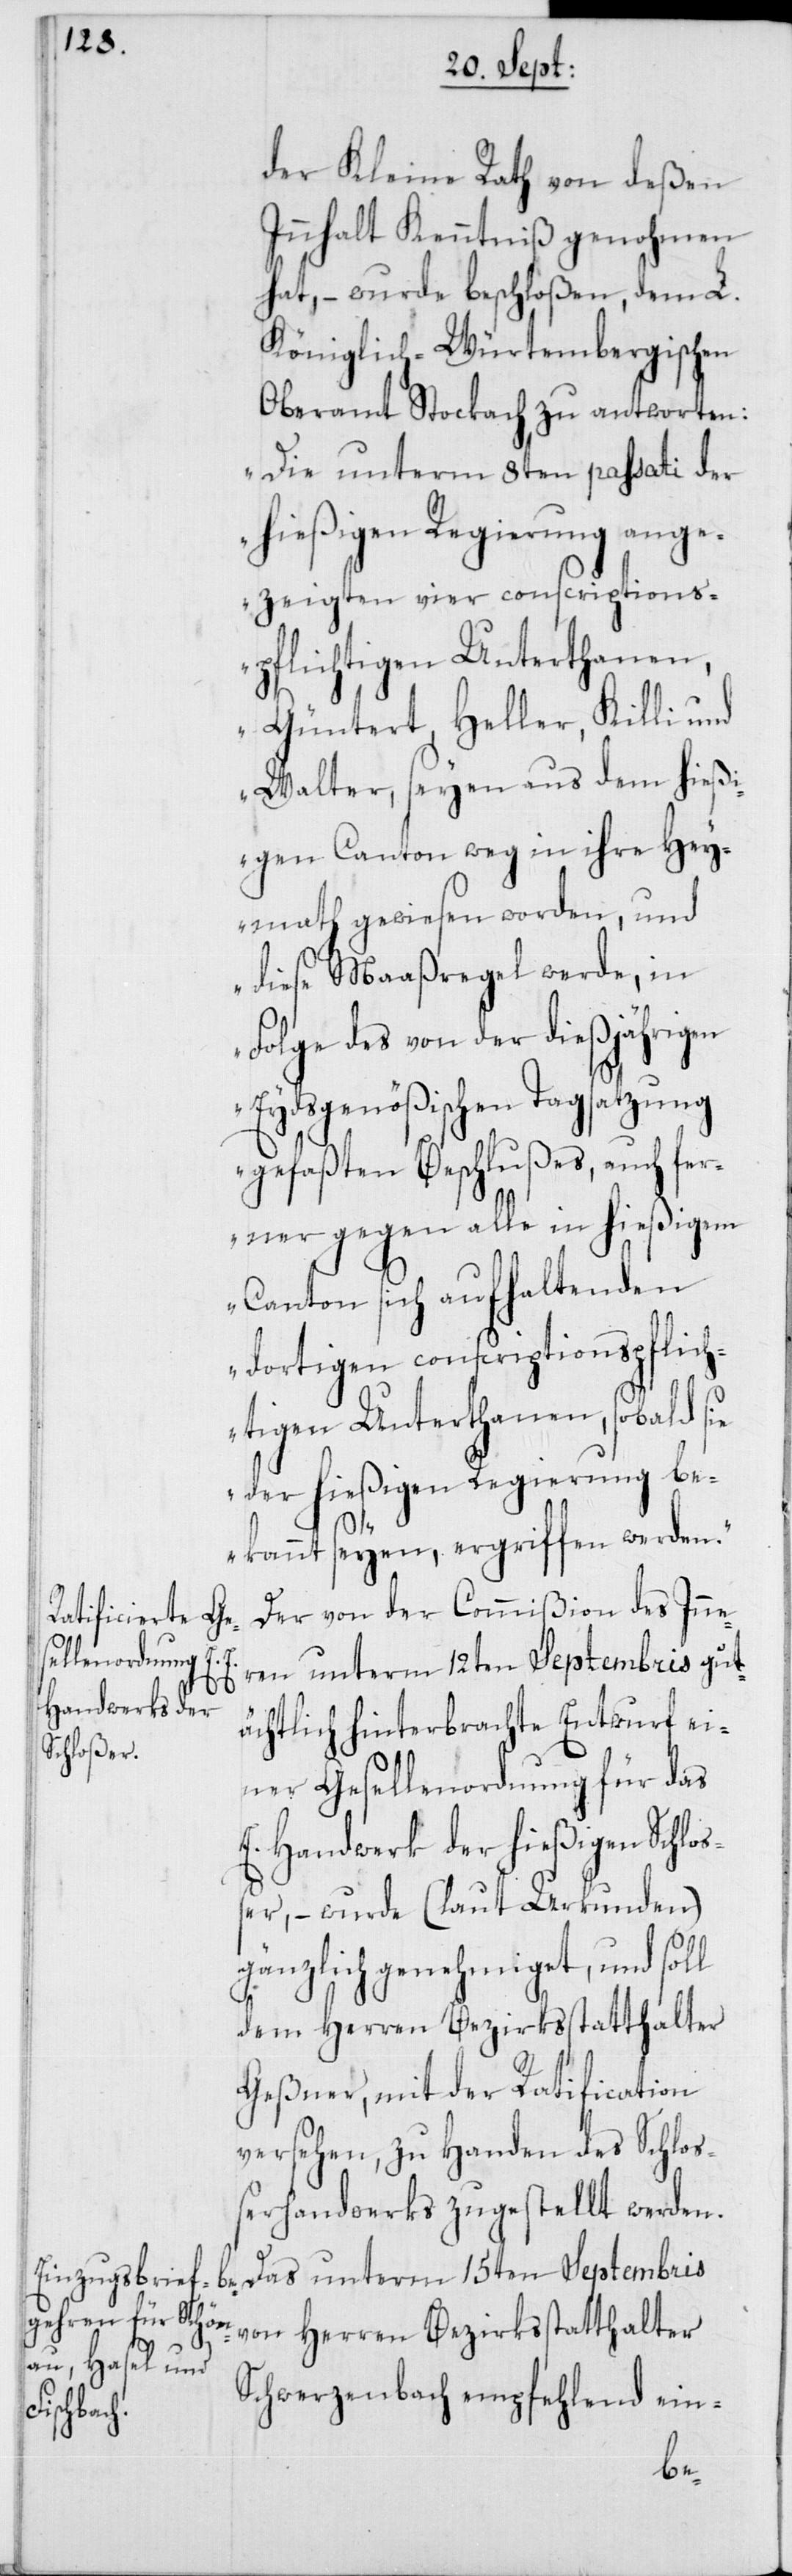
der Kleine Rath von deßen
Innhalt Kenntniß genohmen
hat, – wurde beschloßen, dem L.
Königlich-Würtembergischen
Oberamt Stockach zu antworten:
„Die unterm 8ten passati der
hießigen Regierung ange¬
zeigten vier conscriptions¬
pflichtigen Unterthanen,
Güntert, Heller, Killi und
Walter, seyen aus dem hießi¬
gen Canton weg in ihre Hey¬
math gewiesen worden, und
diese Maaßregel werde, in
Folge des von der dießjährigen
Eydsgenößischen Tagsatzung
gefaßten Beschlußes, auch fer¬
ner gegen alle in hießigem
Canton sich aufhaltenden
dortigen conscriptionspflich¬
tigen Unterthanen, sobald sie
der hießigen Regierung be¬
kannt seyen, ergriffen werden“.
Der von der Commißion des Inne¬
ren unterm 12ten Septembris gut¬
ächtlich hinterbrachte Entwurf ei¬
ner Gesellenordnung für das
E. Handwerk der hießigen Schloß¬
er, – wurde (laut Urkunden)
gänzlich genehmiget, und soll
dem Herren Bezirksstatthalter
Geßner, mit der Ratification
versehen, zu Handen des Schloß¬
erhandwerks zugestellt werden.
Das unterm 15ten Septembris
von Herren Bezirksstatthalter
Schwerzenbach empfehlend ein-